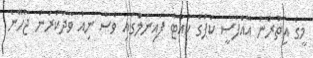
މީގެ އިތުރުން އޭއެފްސީ ކަޕްގެ ކުއާޓާ ފައިނަލްގައި ވެސް ނިއު ވާދަކުރަން ޖެހޭނެ